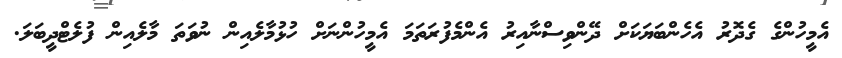
އެމީހުންގެ ގެދޮރު އެހެންބަޔަކަށް ދޭންވިސްނާއިރު އެންމެފުރަތަމަ އެމީހުންނަށް ހުޅުމާލެއިން ނުވަތަ މާލެއިން ފުލެޓްދީބަލަ.